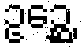
ဥဉ္ဆေ